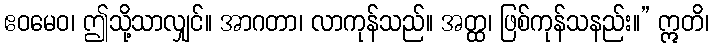
ဧဝမေဝ၊ ဤသို့သာလျှင်။ အာဂတာ၊ လာကုန်သည်။ အတ္ထ၊ ဖြစ်ကုန်သနည်း။” ဣတိ၊